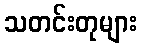
သတင်းတုများ